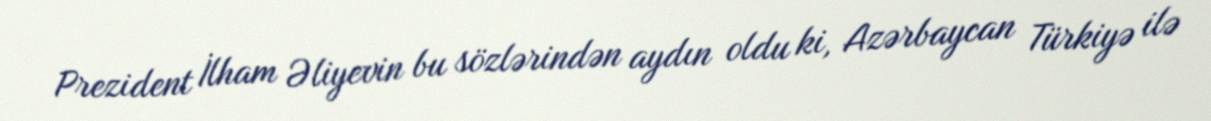
Prezident İlham Əliyevin bu sözlərindən aydın oldu ki, Azərbaycan Türkiyə ilə